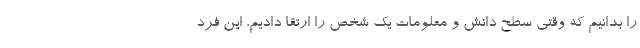
را بدانیم که وقتی سطح دانش و معلومات یک شخص را ارتقا دادیم، این فرد